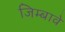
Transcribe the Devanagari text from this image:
जिम्बावे